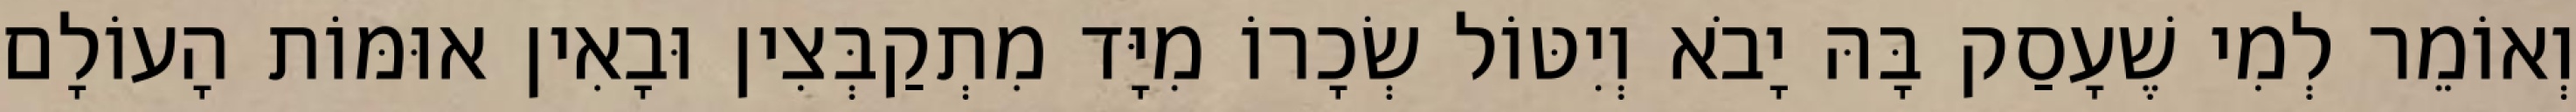
וְאוֹמֵר לְמִי שֶׁעָסַק בָּהּ יָבֹא וְיִטּוֹל שְׂכָרוֹ מִיָּד מִתְקַבְּצִין וּבָאִין אוּמּוֹת הָעוֹלָם